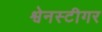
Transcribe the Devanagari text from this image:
श्वेनस्टीगर